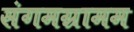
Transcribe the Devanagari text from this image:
संगमग्रामम